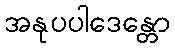
အနုပပါဒေန္တော